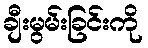
ချီးမွမ်းခြင်းကို